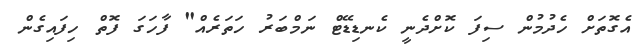
އެގޮތަށް ހެދުމުން ސިފަ ކޮށްދެނީ ކެނޑިޑޭޓް ނަމްބަރު ހަތަރެއް" ފާހަގަ ފޮތް ހިފައިގެން